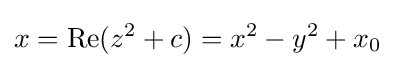
x=\mathop {\mathrm {Re} } (z^{2}+c)=x^{2}-y^{2}+x_{0}